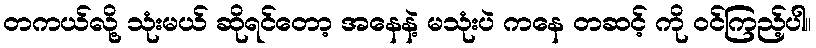
တကယ်လို့ သုံးမယ် ဆိုရင်တော့ အနေနဲ့ မသုံးပဲ ကနေ တဆင့် ကို ဝင်ကြည့်ပါ။